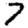
Digit: 7